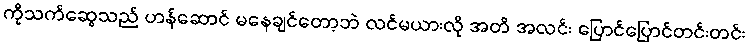
ကိုသက်ဆွေသည် ဟန်ဆောင် မနေချင်တော့ဘဲ လင်မယားလို အတိ အလင်း ပြောင်ပြောင်တင်းတင်း